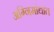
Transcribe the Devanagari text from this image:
अग्निमांद्यात